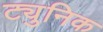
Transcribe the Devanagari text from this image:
ट्युनिक